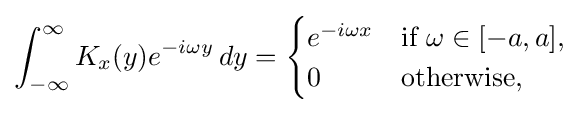
\int _{-\infty }^{\infty }K_{x}(y)e^{-i\omega y}\,dy={\begin{cases}e^{-i\omega x}&{\text{if }}\omega \in [-a,a],\\0&{\textrm {otherwise}},\end{cases}}